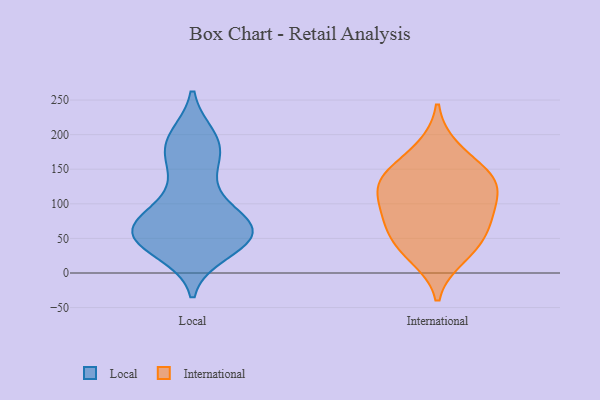
{"axis": {"x": "Humidity (%)", "y": "Value"}, "legend": ["International", "Local"], "data": [{"x": "", "y": 66, "type": "Local"}, {"x": "", "y": 46, "type": "Local"}, {"x": "", "y": 59, "type": "Local"}, {"x": "", "y": 54, "type": "Local"}, {"x": "", "y": 192, "type": "Local"}, {"x": "", "y": 65, "type": "Local"}, {"x": "", "y": 188, "type": "Local"}, {"x": "", "y": 85, "type": "Local"}, {"x": "", "y": 118, "type": "Local"}, {"x": "", "y": 44, "type": "Local"}, {"x": "", "y": 195, "type": "Local"}, {"x": "", "y": 32, "type": "Local"}, {"x": "", "y": 75, "type": "Local"}, {"x": "", "y": 144, "type": "Local"}, {"x": "", "y": 168, "type": "Local"}, {"x": "", "y": 79, "type": "Local"}, {"x": "", "y": 180, "type": "Local"}, {"x": "", "y": 45, "type": "Local"}, {"x": "", "y": 58, "type": "Local"}, {"x": "", "y": 54, "type": "Local"}, {"x": "", "y": 24, "type": "International"}, {"x": "", "y": 134, "type": "International"}, {"x": "", "y": 93, "type": "International"}, {"x": "", "y": 135, "type": "International"}, {"x": "", "y": 87, "type": "International"}, {"x": "", "y": 50, "type": "International"}, {"x": "", "y": 180, "type": "International"}, {"x": "", "y": 130, "type": "International"}, {"x": "", "y": 79, "type": "International"}, {"x": "", "y": 41, "type": "International"}, {"x": "", "y": 138, "type": "International"}]}